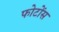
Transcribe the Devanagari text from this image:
फोटोंस